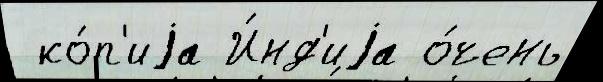
 ко́п'иjа И́нд'иjа о́чень